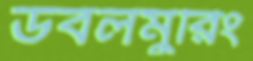
ডবলমুরিং